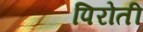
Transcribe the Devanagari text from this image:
पिरोती